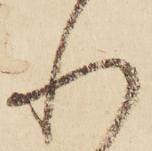
れ